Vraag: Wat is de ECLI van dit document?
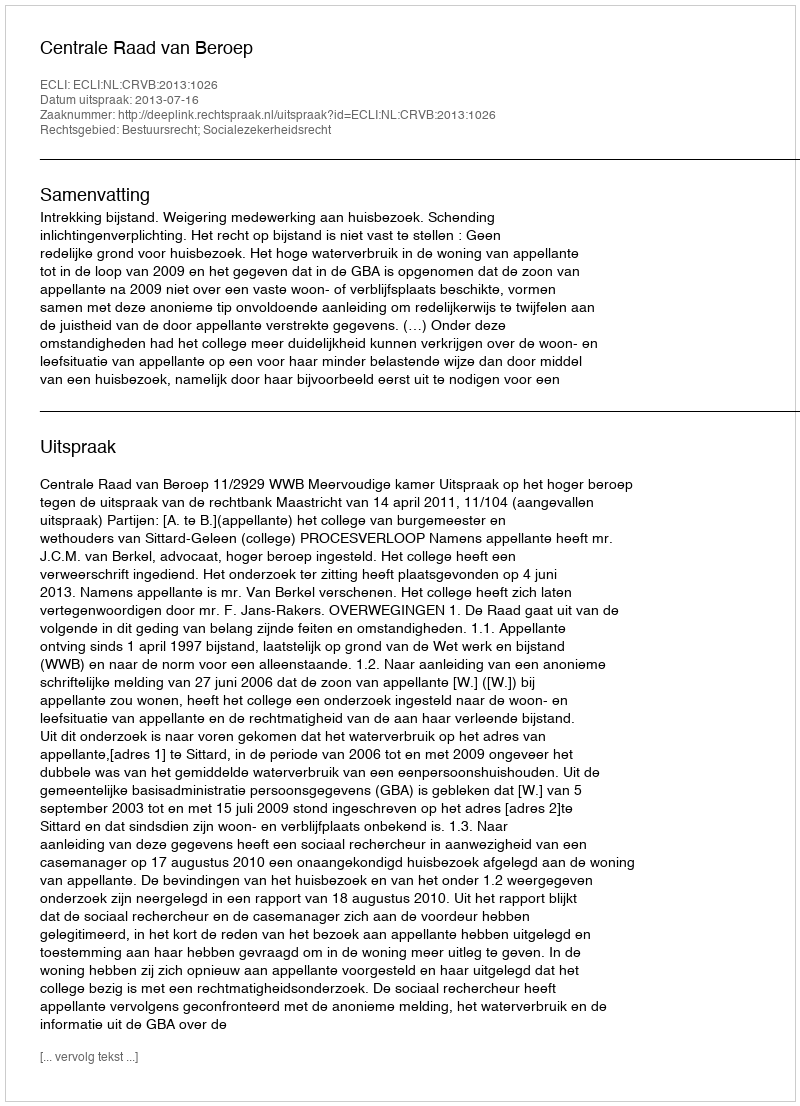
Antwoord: ECLI:NL:CRVB:2013:1026